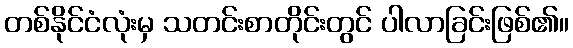
တစ်နိုင်ငံလုံးမှ သတင်းစာတိုင်းတွင် ပါလာခြင်းဖြစ်၏။